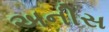
અનીસ